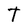
Character: T